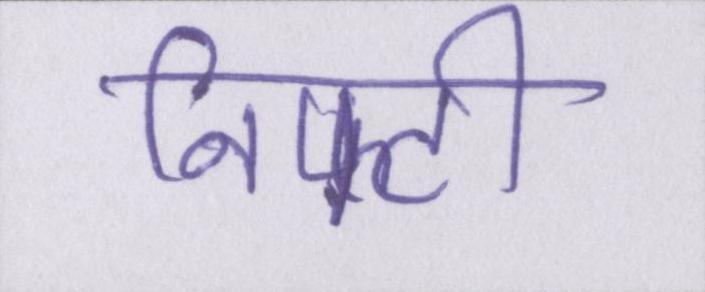
निफ्टी